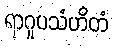
ရာဂူပသံဟိတံ